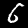
Digit: 6